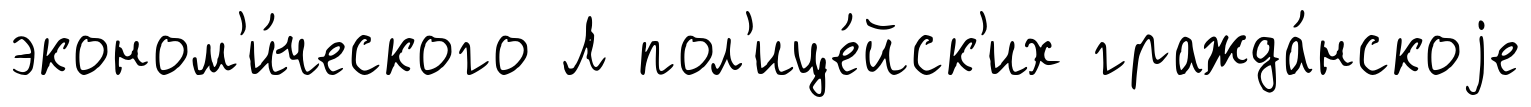
эконом'и́ческого Л пол'ице́йск'их гражда́нскоjе